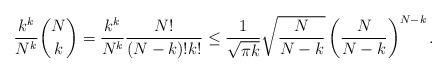
LaTeX: \begin{align*}\frac{k^k}{N^k} \binom{N}{k}=\frac{k^k}{N^k} \frac{N!}{(N-k)! k!}\leq \frac{1}{\sqrt{\pi k}} \sqrt{\frac{N}{N-k}} \left(\frac{N}{N-k}\right)^{N-k} . \end{align*}